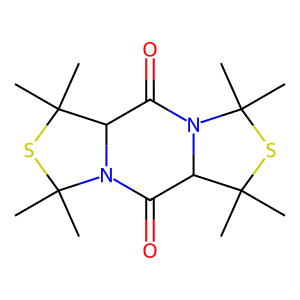
SMILES: CC1(C)SC(C)(C)N2C(=O)C3N(C(=O)C21)C(C)(C)SC3(C)C
Inhibits HIV replication: No